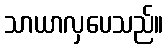
သာယာလှပေသည်။